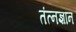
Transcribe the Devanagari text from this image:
तंत्नज्ञान